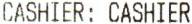
CASHIER : CASHIER